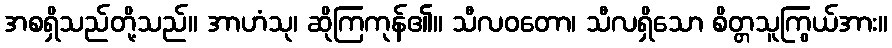
အစရှိသည်တို့သည်။ အာဟံသု၊ ဆိုကြကုန်၏။ သီလဝတော၊ သီလရှိသော စိတ္တသူကြွယ်အား။